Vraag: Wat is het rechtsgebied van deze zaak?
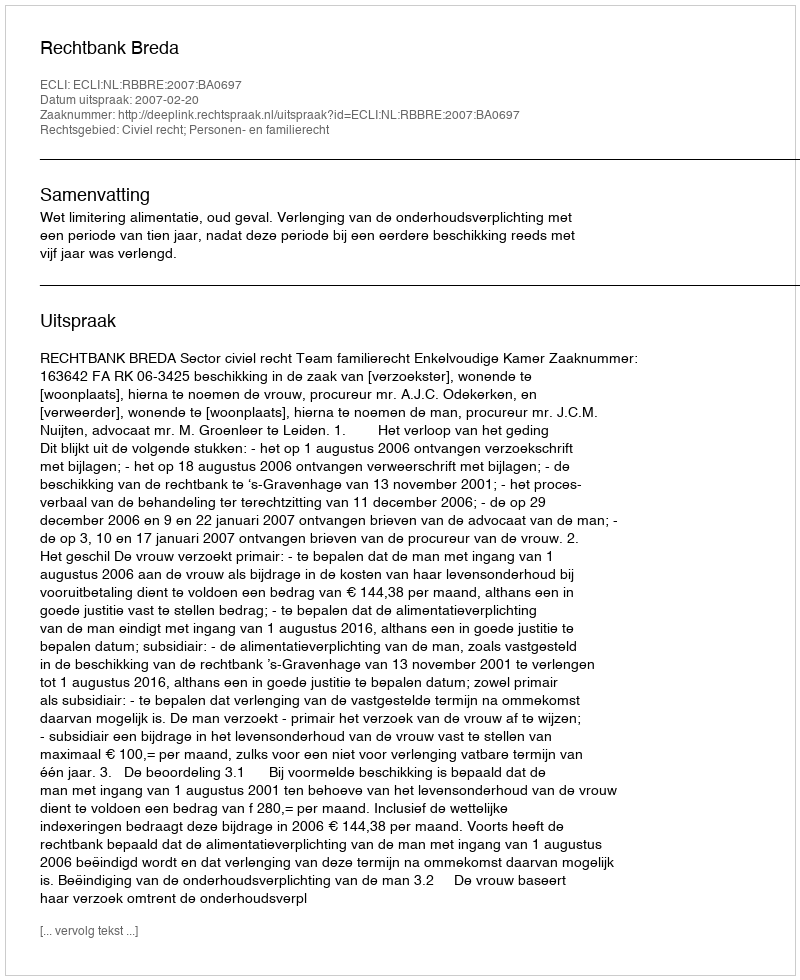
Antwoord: Civiel recht; Personen- en familierecht